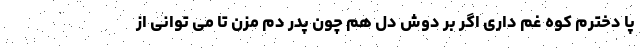
پا دخترم کوه غم داری اگر بر دوش دل هم چون پدر دم مزن تا می توانی از